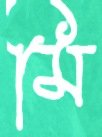
মি